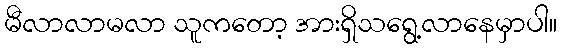
မီလာလာမလာ သူကတော့ အားရှိသရွေ့လာနေမှာပါ။